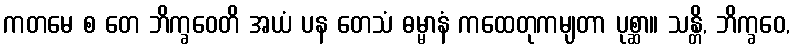
ကတမေ စ တေ ဘိက္ခဝေတိ အယံ ပန တေသံ ဓမ္မာနံ ကထေတုကမျတာ ပုစ္ဆာ။ သန္တိ, ဘိက္ခဝေ,